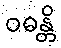
ဝဓန္တိ